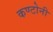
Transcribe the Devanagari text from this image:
कण्टोनी